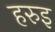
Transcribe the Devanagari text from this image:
हरुइ